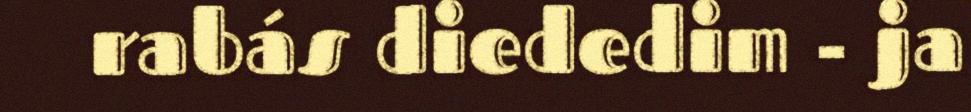
rabás diededim - ja